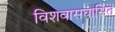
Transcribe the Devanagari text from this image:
विशवासघासित